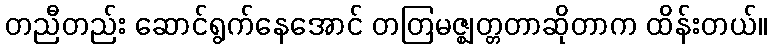
တညီတည်း ဆောင်ရွက်နေအောင် တတြမဇ္ဈတ္တတာဆိုတာက ထိန်းတယ်။